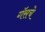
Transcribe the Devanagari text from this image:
गॅसचे